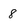
Character: 8